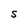
Character: S